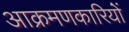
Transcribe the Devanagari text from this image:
आक्रमणकारियोंं